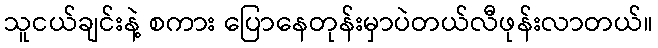
သူငယ်ချင်းနဲ့ စကား ပြောနေတုန်းမှာပဲတယ်လီဖုန်းလာတယ်။